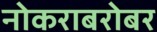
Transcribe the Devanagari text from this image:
नोकराबरोबर